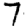
Digit: 7